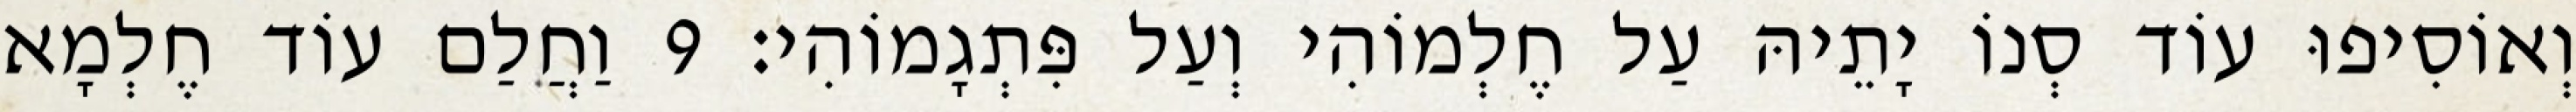
וְאוֹסִיפוּ עוֹד סְנוֹ יָתֵיהּ עַל חֶלְמוֹהִי וְעַל פִּתְגָמוֹהִי׃ 9 וַחֲלַם עוֹד חֶלְמָא